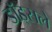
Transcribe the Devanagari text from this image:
डॉड्सले